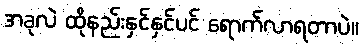
အခုလဲ ထိုနည်းနှင်နှင်ပင် ရောက်လာရတာပဲ။